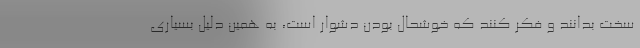
سخت بدانند و فکر کنند که خوشحال بودن دشوار است، به همین دلیل بسیاری